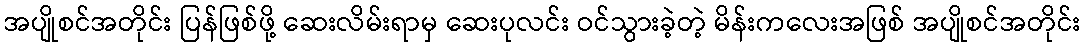
အပျိုစင်အတိုင်း ပြန်ဖြစ်ဖို့ ဆေးလိမ်းရာမှ ဆေးပုလင်း ဝင်သွားခဲ့တဲ့ မိန်းကလေးအဖြစ် အပျိုစင်အတိုင်း